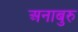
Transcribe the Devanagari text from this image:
अनाबुरु